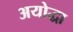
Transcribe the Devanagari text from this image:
अयोद्धा